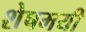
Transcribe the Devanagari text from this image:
शेषमयी